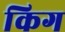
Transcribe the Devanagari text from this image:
किग